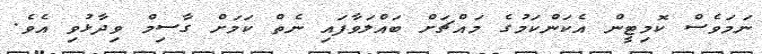
ނަމަވެސް ކޮމިޓީން އެކަންކަމުގެ މައްޗަށް ބައްލަވާފައި ނެތް ކަމަށް ގާސިމް ވިދާޅުވި އެވެ.